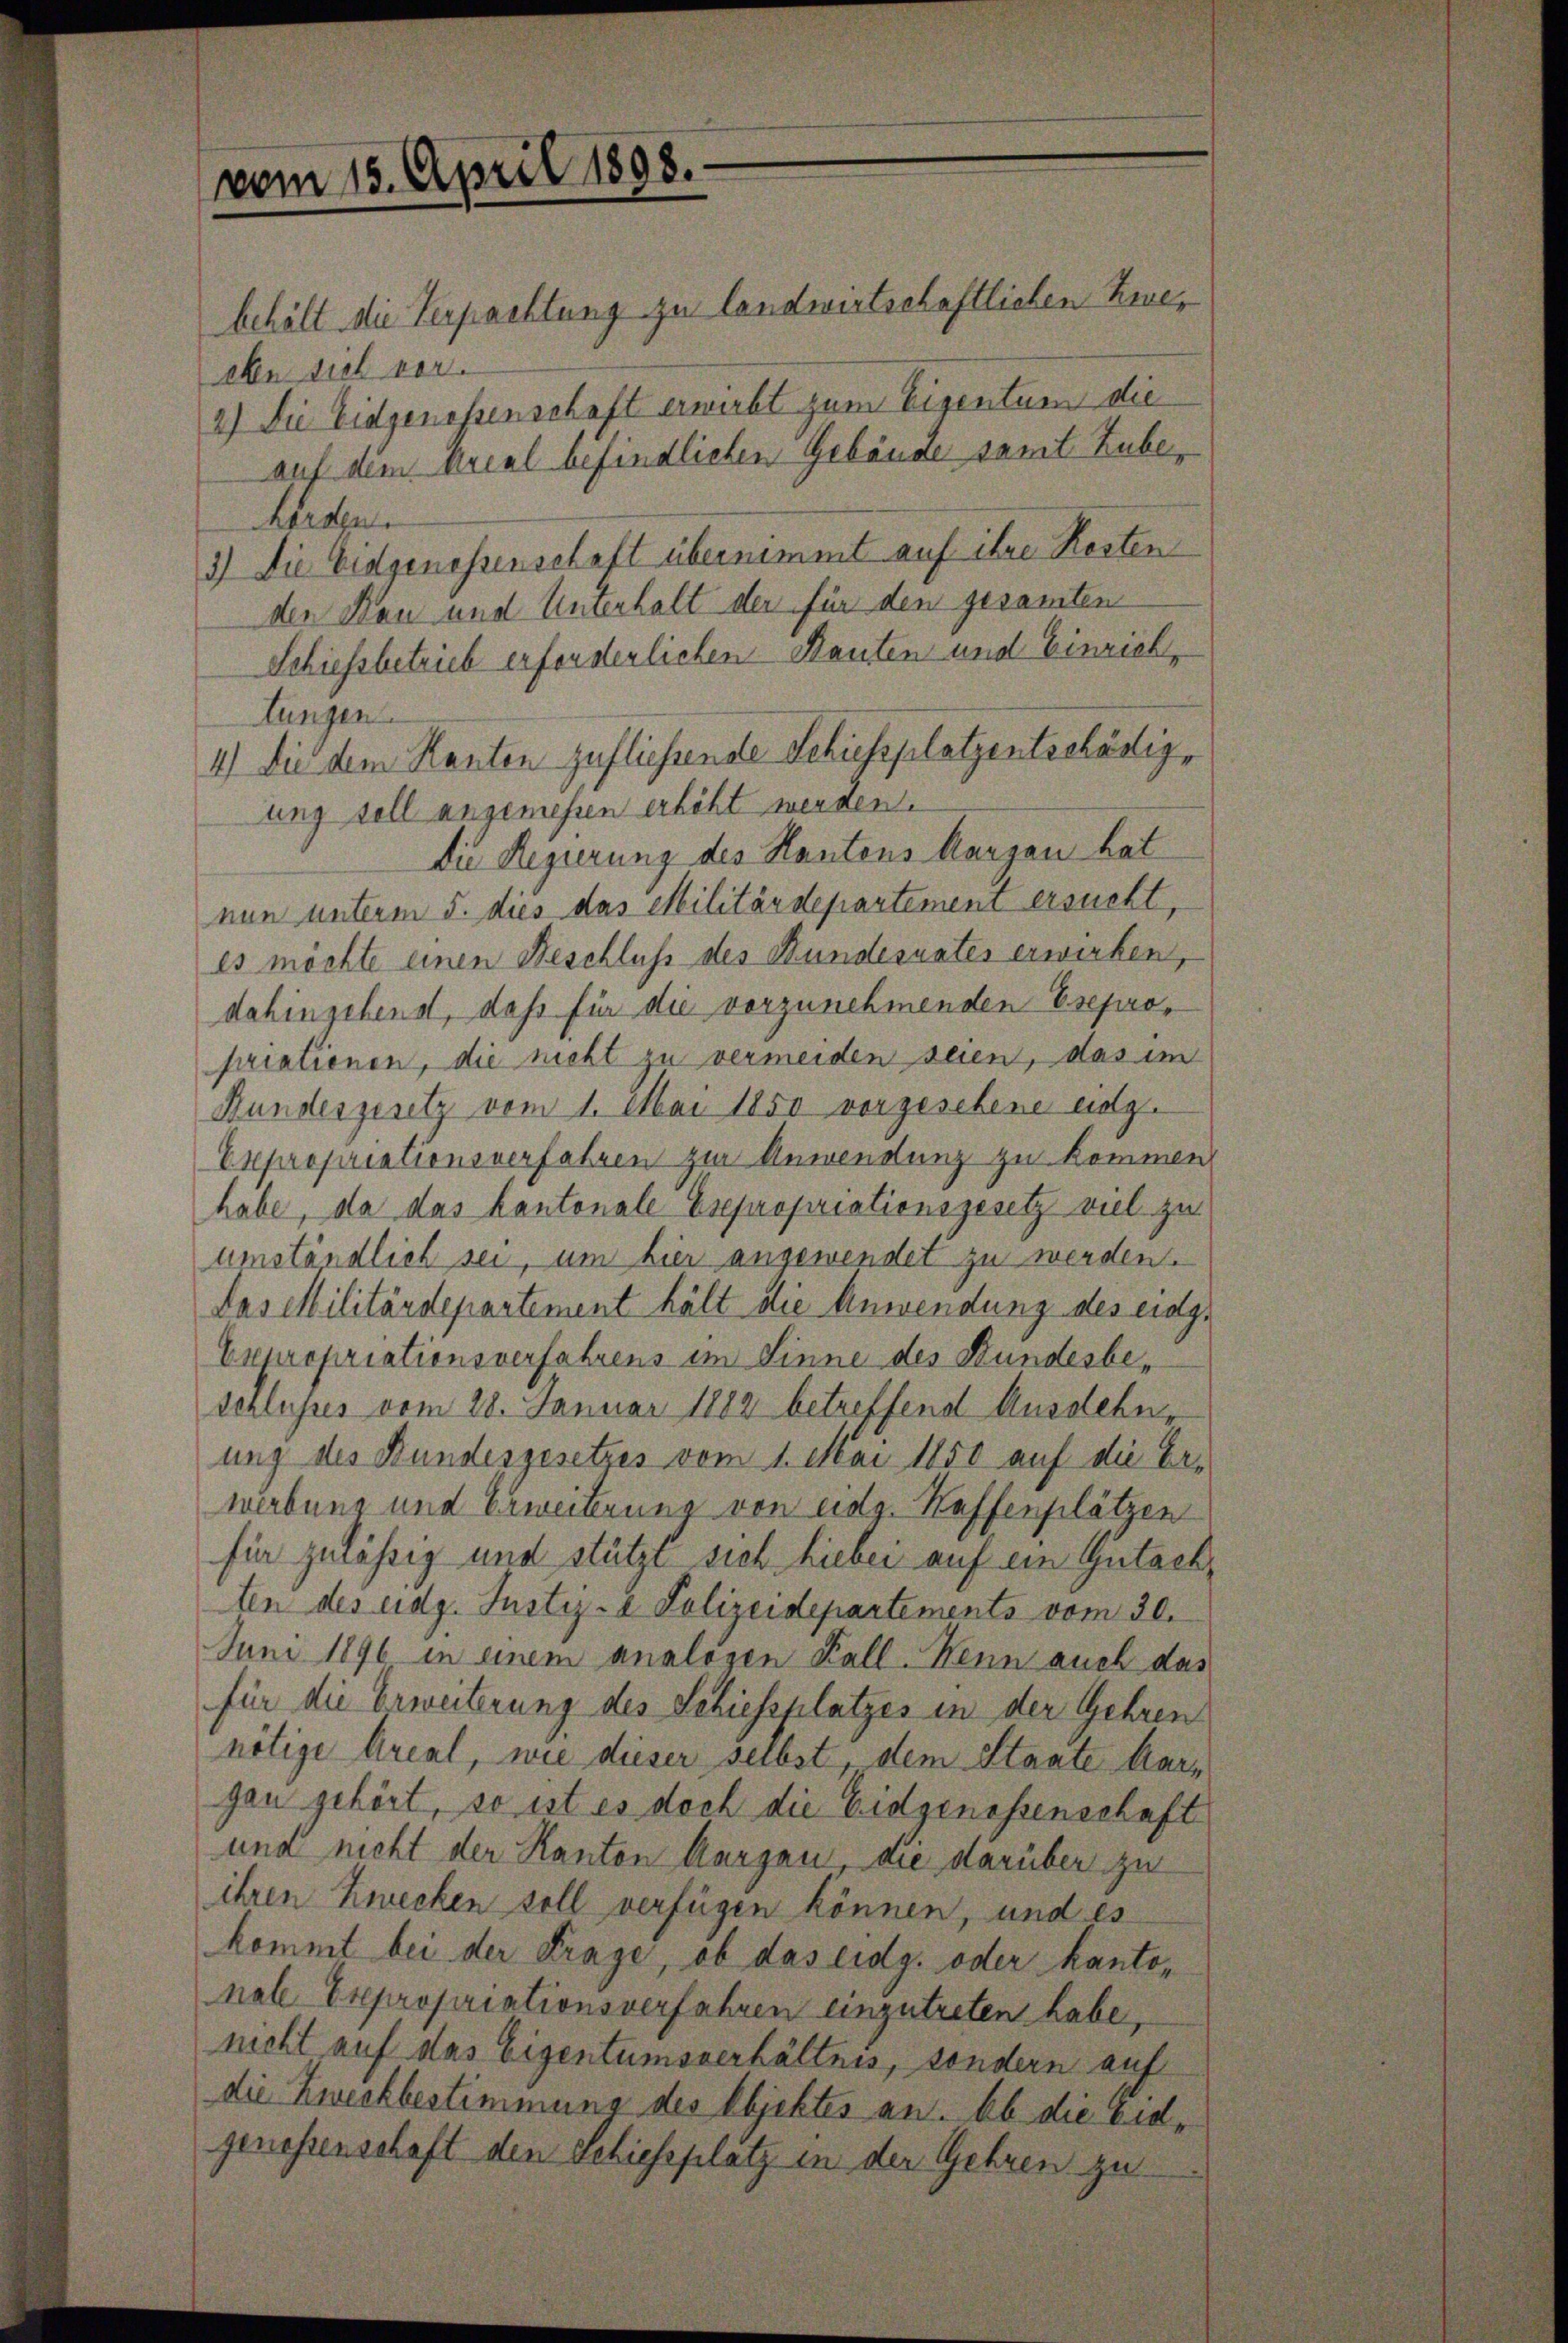
vom 15. April 1898.

behält die Verpachtung zu landwirtschaftlichen Zweaben sich vor.
2) Die Eidgenossenschaft erwirbt zum Eigentum die
auf dem Krial befindlichen Gebäude samt Zube-
hörden.
3.) Die Eidgenossenschaft übernimmt auf ihre Kosten
den Bau und Unterhalt der für den gesamten
Schiessbetrieb erforderlichen Bauten und Einrich,
lungen.
4) Die dem Kanton zufliessende Schiessplatzentschädigung soll angemehren erhöht werden.
Die Regierung des Kantons Aargau hat
nun unterm 5. dies das Militärdepartement ersucht,
es möchte einen Beschluss des Bundesrates erwirken,
dahingebens, daß für die vorzunehmenden Esepropriationen, die nicht zu vermeiden seien, das im
Bundesgesetz vom 1. Mai 1850 vorgesehene ung.
Expropriationsverfahren zur Anwendung zu kommen
habe, da das kantonale Esepropriationsgesetz viel zu
umständlich sei, um hier angewendet zu werden.
Das Militärdepartement hält die Anwendung des eidg.
Expropriationsverfahrens im Sinne des Bundesbeschlusses vom 28. Januar 1882 betreffend Ausdehn-
ung des Bundesgesetzes vom 1. Mai 1850 auf die Erwerbung und Erweiterung von eidg. Haffenplätzen
für zulässig und stützt sich hiebei auf ein Gutachten des eidg. Justiz- & Polizeidepartements vom 30.
Juni 1896 in einem analogen Kall. Wenn auch das
für die Erweiterung des Schiessplatzes in der Gehren
nötige Areal, wie dieser selbst, dem Staate Aargan gehört, so ist es doch die Eidgenossenschaft
und nicht der Kanton Aargau die darüber zu
ihren Zwecken soll verfügen können, und es
kommt bei der Frage, ob das eidg. oder kantonale Expropriationsverfahren einzutreten habe,
nicht auf das Eigentumsverhältnis, sondern auf
die Zweckbestimmung des Objektes an. Ob die Eidgenossenschaft den Schiessplatz in der Gehren zu